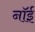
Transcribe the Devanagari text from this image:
नॉई